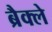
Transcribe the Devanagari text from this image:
ब्रैक्ले